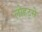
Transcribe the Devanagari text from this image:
लोहट्से